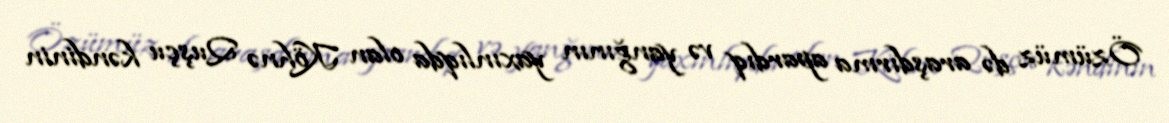
Özümüz də araşdırma apardıq və yanğının yaxınlıqda olan Köhnə Quşçu kəndinin